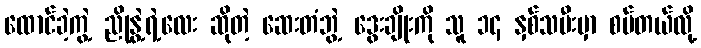
ထောင်ခဲ့ကွဲ့ ညိုနွဲ့ရဲ့လေး ဆိုတဲ့ ဆေးတံဘွဲ့ ဒွေးချိုးကို သူ ၁၄ နှစ်သမီးမှာ စပ်တယ်လို့